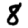
Digit: 8